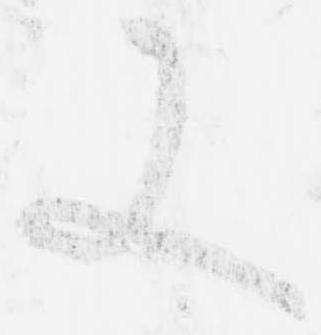
又